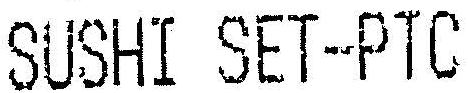
SUSHI SET-PTC